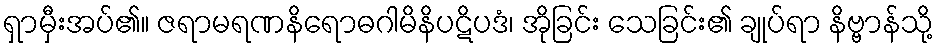
ရှာမှီးအပ်၏။ ဇရာမရဏနိရောဓဂါမိနိပဋိပဒံ၊ အိုခြင်း သေခြင်း၏ ချုပ်ရာ နိဗ္ဗာန်သို့